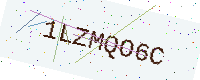
Text: 1LZMQO6C